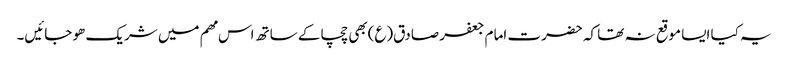
یہ کیا ایسا موقع نہ تھا کہ حضرت امام جعفر صادق(ع)بھی چچا کے ساتھ اس مھم میں شریک ھو جائیں۔